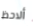
ألاحظ